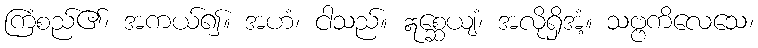
ကြံစည်၏၊ အကယ်၍။ အဟံ၊ ငါသည်။ ဣစ္ဆေယျံ၊ အလိုရှိအံ့။ သဗ္ဗကိလေသေ၊